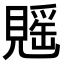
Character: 𧡷